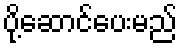
ပို့ဆောင်ပေးမည်